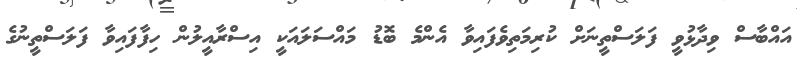
އައްބާސް ވިދާޅުވީ ފަލަސްތީނަށް ކުރިމަތިވެފައިވާ އެންމެ ބޮޑު މައްސަލައަކީ އިސްރާއީލުން ހިފާފައިވާ ފަލަސްތީނުގެ